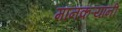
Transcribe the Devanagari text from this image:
मानकऱ्यांनी